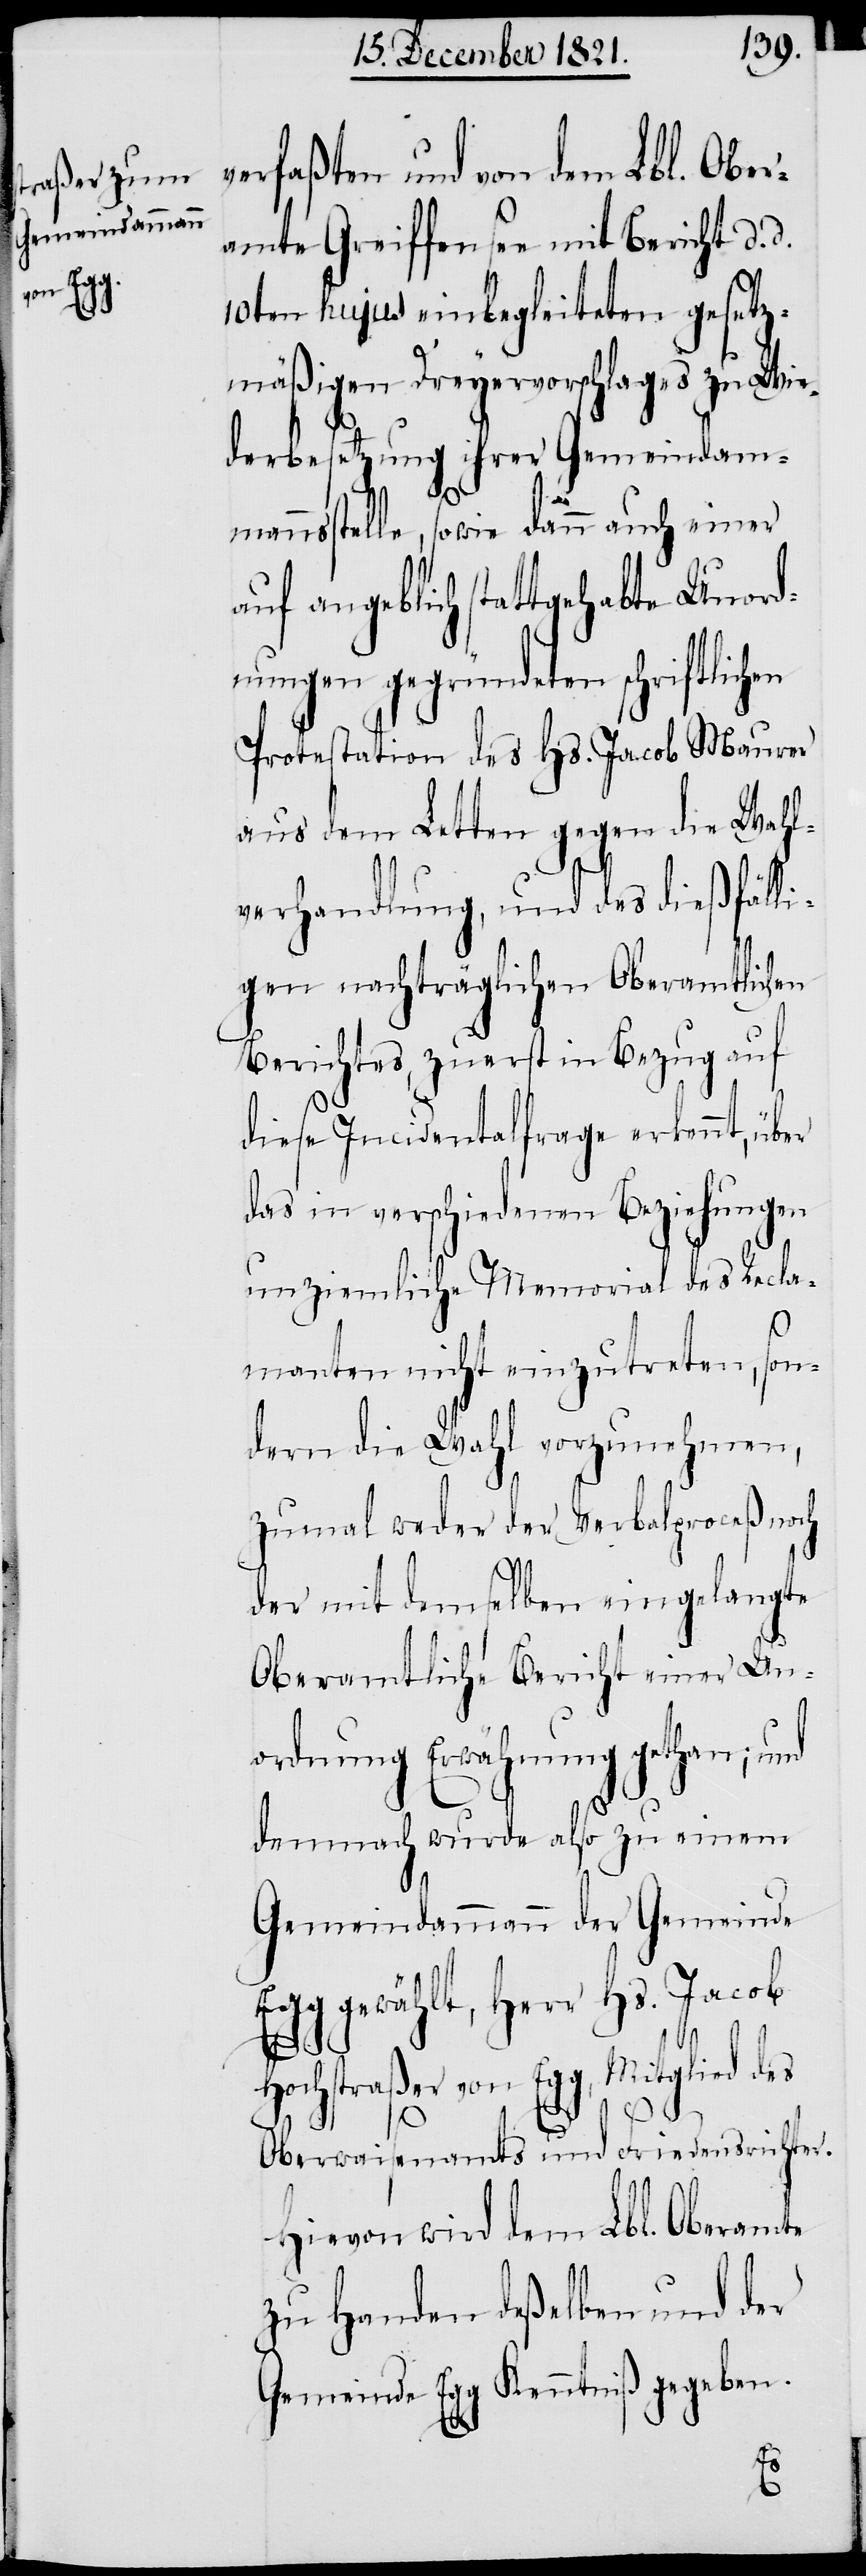
verfaßten und von dem Lbl. Ober¬
amte Greiffensee mit Bericht d. d.
10ten hujus einbegleiteten gesetz¬
mäßigen Dreyervorschlages zu Wie¬
derbesetzung ihrer Gemeindamm¬
annsstelle, sowie dann auch einer
auf angeblich stattgehabte Unord¬
nungen gegründeten schriftlic¬
Protestation des Hs. Jacob Maurer
aus dem Letten gegen die Wahl¬
verhandlung, und des dießfälli¬
gen nachträglichen Oberamtlichen
Berichtes, zuerst in Bezug auf
diese Incidentalfrage erkennt, üb¬
das in verschiedenen Beziehungen
unziemliche Memorial des Recla¬
manten nicht einzutreten, son¬
dern die Wahl vorzunehmen,
zumal weder der Verbalproceß noch
der mit demselben eingelangte
Oberamtliche Bericht einer Un¬
ordnung Erwähnung gethan; und
demnach wurde also zu einem
Gemeindammann der Gemeinde
Egg gewählt, Herr Hs. Jacob
Mitglied des
Hochstraßer von Egg,
Oberwaisenamtes und Friedensrichter.
Hievon wird dem Lbl. Oberamte
zu Handen deßelben und der
Gemeinde Egg Kenntniß gegeben.
er